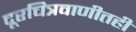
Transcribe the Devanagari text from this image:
दूरचित्रवाणीतही